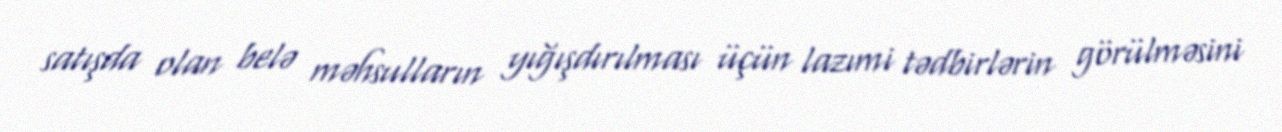
satışda olan belə məhsulların yığışdırılması üçün lazımi tədbirlərin görülməsini